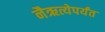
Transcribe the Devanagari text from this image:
नैऋत्येपर्यंत